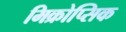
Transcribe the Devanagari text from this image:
मिक्रोप्सिक